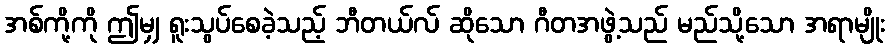
အစ်ကို့ကို ဤမျှ ရူးသွပ်စေခဲ့သည့် ဘီတယ်လ် ဆိုသော ဂီတအဖွဲ့သည် မည်သို့သော အရာမျိုး